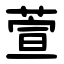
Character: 萱